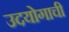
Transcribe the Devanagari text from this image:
उदयोगाची